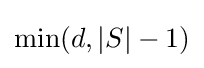
\min(d,|S|-1)